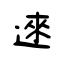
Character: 逨